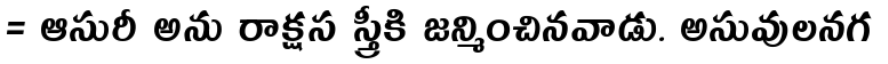
= ఆసురీ అను రాక్షస స్త్రీకి జన్మించినవాడు. అసువులనగ